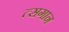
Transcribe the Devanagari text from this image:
त्सगान